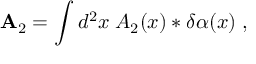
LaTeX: { \bf A } _ { 2 } = \int d ^ { 2 } x \; { \cal A } _ { 2 } ( x ) * \delta \alpha ( x ) \; ,